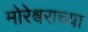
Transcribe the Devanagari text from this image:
मोरेश्र्वराच्या